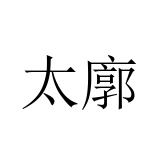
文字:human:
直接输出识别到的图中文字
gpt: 太廓